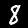
Digit: 8